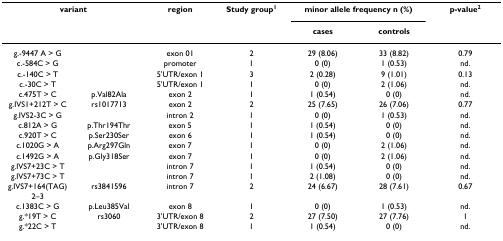
<table><thead><tr><td colspan="2"><b>variant</b></td><td><b>region</b></td><td><b>Study group<sup>1</sup></b></td><td colspan="2"><b>minor allele frequency n (%)</b></td><td><b>p-value<sup>2</sup></b></td></tr><tr><td></td><td></td><td></td><td></td><td><b>cases</b></td><td><b>controls</b></td><td></td></tr></thead><tbody><tr><td>g.-9447 A &gt; G</td><td></td><td>exon 01</td><td>2</td><td>29 (8.06)</td><td>33 (8.82)</td><td>0.79</td></tr><tr><td>c.-584C &gt; G</td><td></td><td>promoter</td><td>1</td><td>0 (0)</td><td>1 (0.53)</td><td>nd.</td></tr><tr><td>c.-140C &gt; T</td><td></td><td>5&#x27;UTR/exon 1</td><td>3</td><td>2 (0.28)</td><td>9 (1.01)</td><td>0.13</td></tr><tr><td>c.-30C &gt; T</td><td></td><td>5&#x27;UTR/exon 1</td><td>1</td><td>0 (0)</td><td>2 (1.06)</td><td>nd.</td></tr><tr><td>c.475T &gt; C</td><td>p.Val82Ala</td><td>exon 2</td><td>1</td><td>1 (0.54)</td><td>0 (0)</td><td>nd.</td></tr><tr><td>g.IVS1+212T &gt; C</td><td>rs1017713</td><td>exon 2</td><td>2</td><td>25 (7.65)</td><td>26 (7.06)</td><td>0.77</td></tr><tr><td>g.IVS2-3C &gt; G</td><td></td><td>intron 2</td><td>1</td><td>0 (0)</td><td>1 (0.53)</td><td>nd.</td></tr><tr><td>c.812A &gt; G</td><td>p.Thr194Thr</td><td>exon 5</td><td>1</td><td>1 (0.54)</td><td>0 (0)</td><td>nd.</td></tr><tr><td>c.920T &gt; C</td><td>p.Ser230Ser</td><td>exon 6</td><td>1</td><td>1 (0.54)</td><td>0 (0)</td><td>nd.</td></tr><tr><td>c.1020G &gt; A</td><td>p.Arg297Gln</td><td>exon 7</td><td>1</td><td>0 (0)</td><td>2 (1.06)</td><td>nd.</td></tr><tr><td>c.1492G &gt; A</td><td>p.Gly318Ser</td><td>exon 7</td><td>1</td><td>0 (0)</td><td>2 (1.06)</td><td>nd.</td></tr><tr><td>g.IVS7+23C &gt; T</td><td></td><td>intron 7</td><td>1</td><td>1 (0.54)</td><td>0 (0)</td><td>nd.</td></tr><tr><td>g.IVS7+73C &gt; T</td><td></td><td>intron 7</td><td>1</td><td>2 (1.08)</td><td>0 (0)</td><td>nd.</td></tr><tr><td>g.IVS7+164(TAG)2–3</td><td>rs3841596</td><td>intron 7</td><td>2</td><td>24 (6.67)</td><td>28 (7.61)</td><td>0.67</td></tr><tr><td>c.1383C &gt; G</td><td>p.Leu385Val</td><td>exon 8</td><td>1</td><td>0 (0)</td><td>1 (0.53)</td><td>nd.</td></tr><tr><td>g.*19T &gt; C</td><td>rs3060</td><td>3&#x27;UTR/exon 8</td><td>2</td><td>27 (7.50)</td><td>27 (7.76)</td><td>1</td></tr><tr><td>g.*22C &gt; T</td><td></td><td>3&#x27;UTR/exon 8</td><td>1</td><td>1 (0.54)</td><td>0 (0)</td><td>nd.</td></tr></tbody></table>